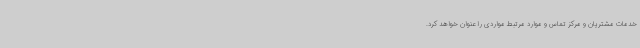
خدمات مشتریان و مرکز تماس و موارد مرتبط مواردی را عنوان خواهد کرد.